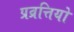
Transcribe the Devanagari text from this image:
प्रव्रत्तियो